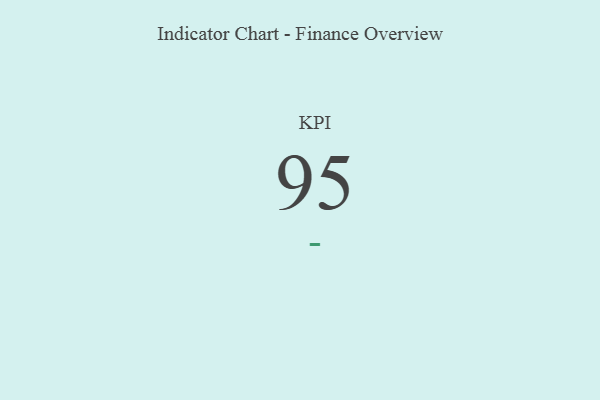
{"axis": {"x": "KPI", "y": "Value"}, "legend": [""], "data": [{"x": "KPI", "y": 95, "type": ""}]}